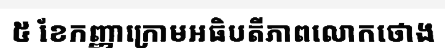
៥ ខែកញ្ញាក្រោមអធិបតីភាពលោកថោង